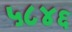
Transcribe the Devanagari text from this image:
५८४६